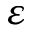
\varepsilon